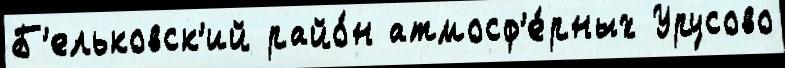
Б'ельковск'ий райо́н атмосф'е́рных Урусово